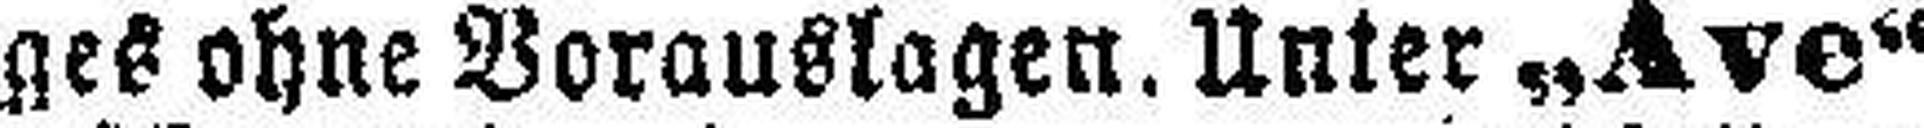
ges ohne Vorauslagen. Unter „Ave“